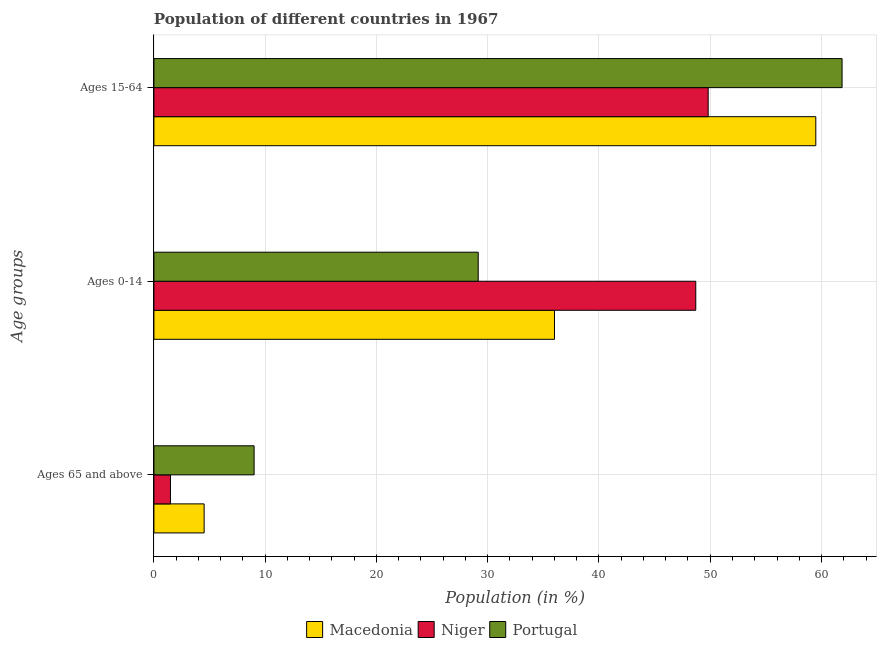
| Age groups | Macedonia | Niger | Portugal |
 | --- | --- | --- | --- |
 | Ages 65 and above | 4.51 | 1.49 | 9 |
 | Ages 0-14 | 36 | 48.7 | 29.1 |
 | Ages 15-64 | 59.5 | 49.8 | 61.8 |